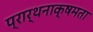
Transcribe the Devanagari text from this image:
प्रार्थनाक्षमता